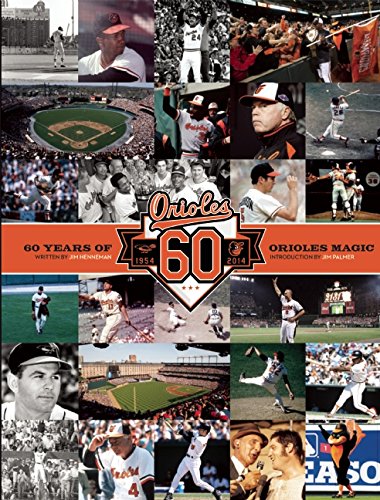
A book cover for Baltimore Orioles: 60 Years of Orioles Magic; Jim Henneman; Sports & Outdoors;